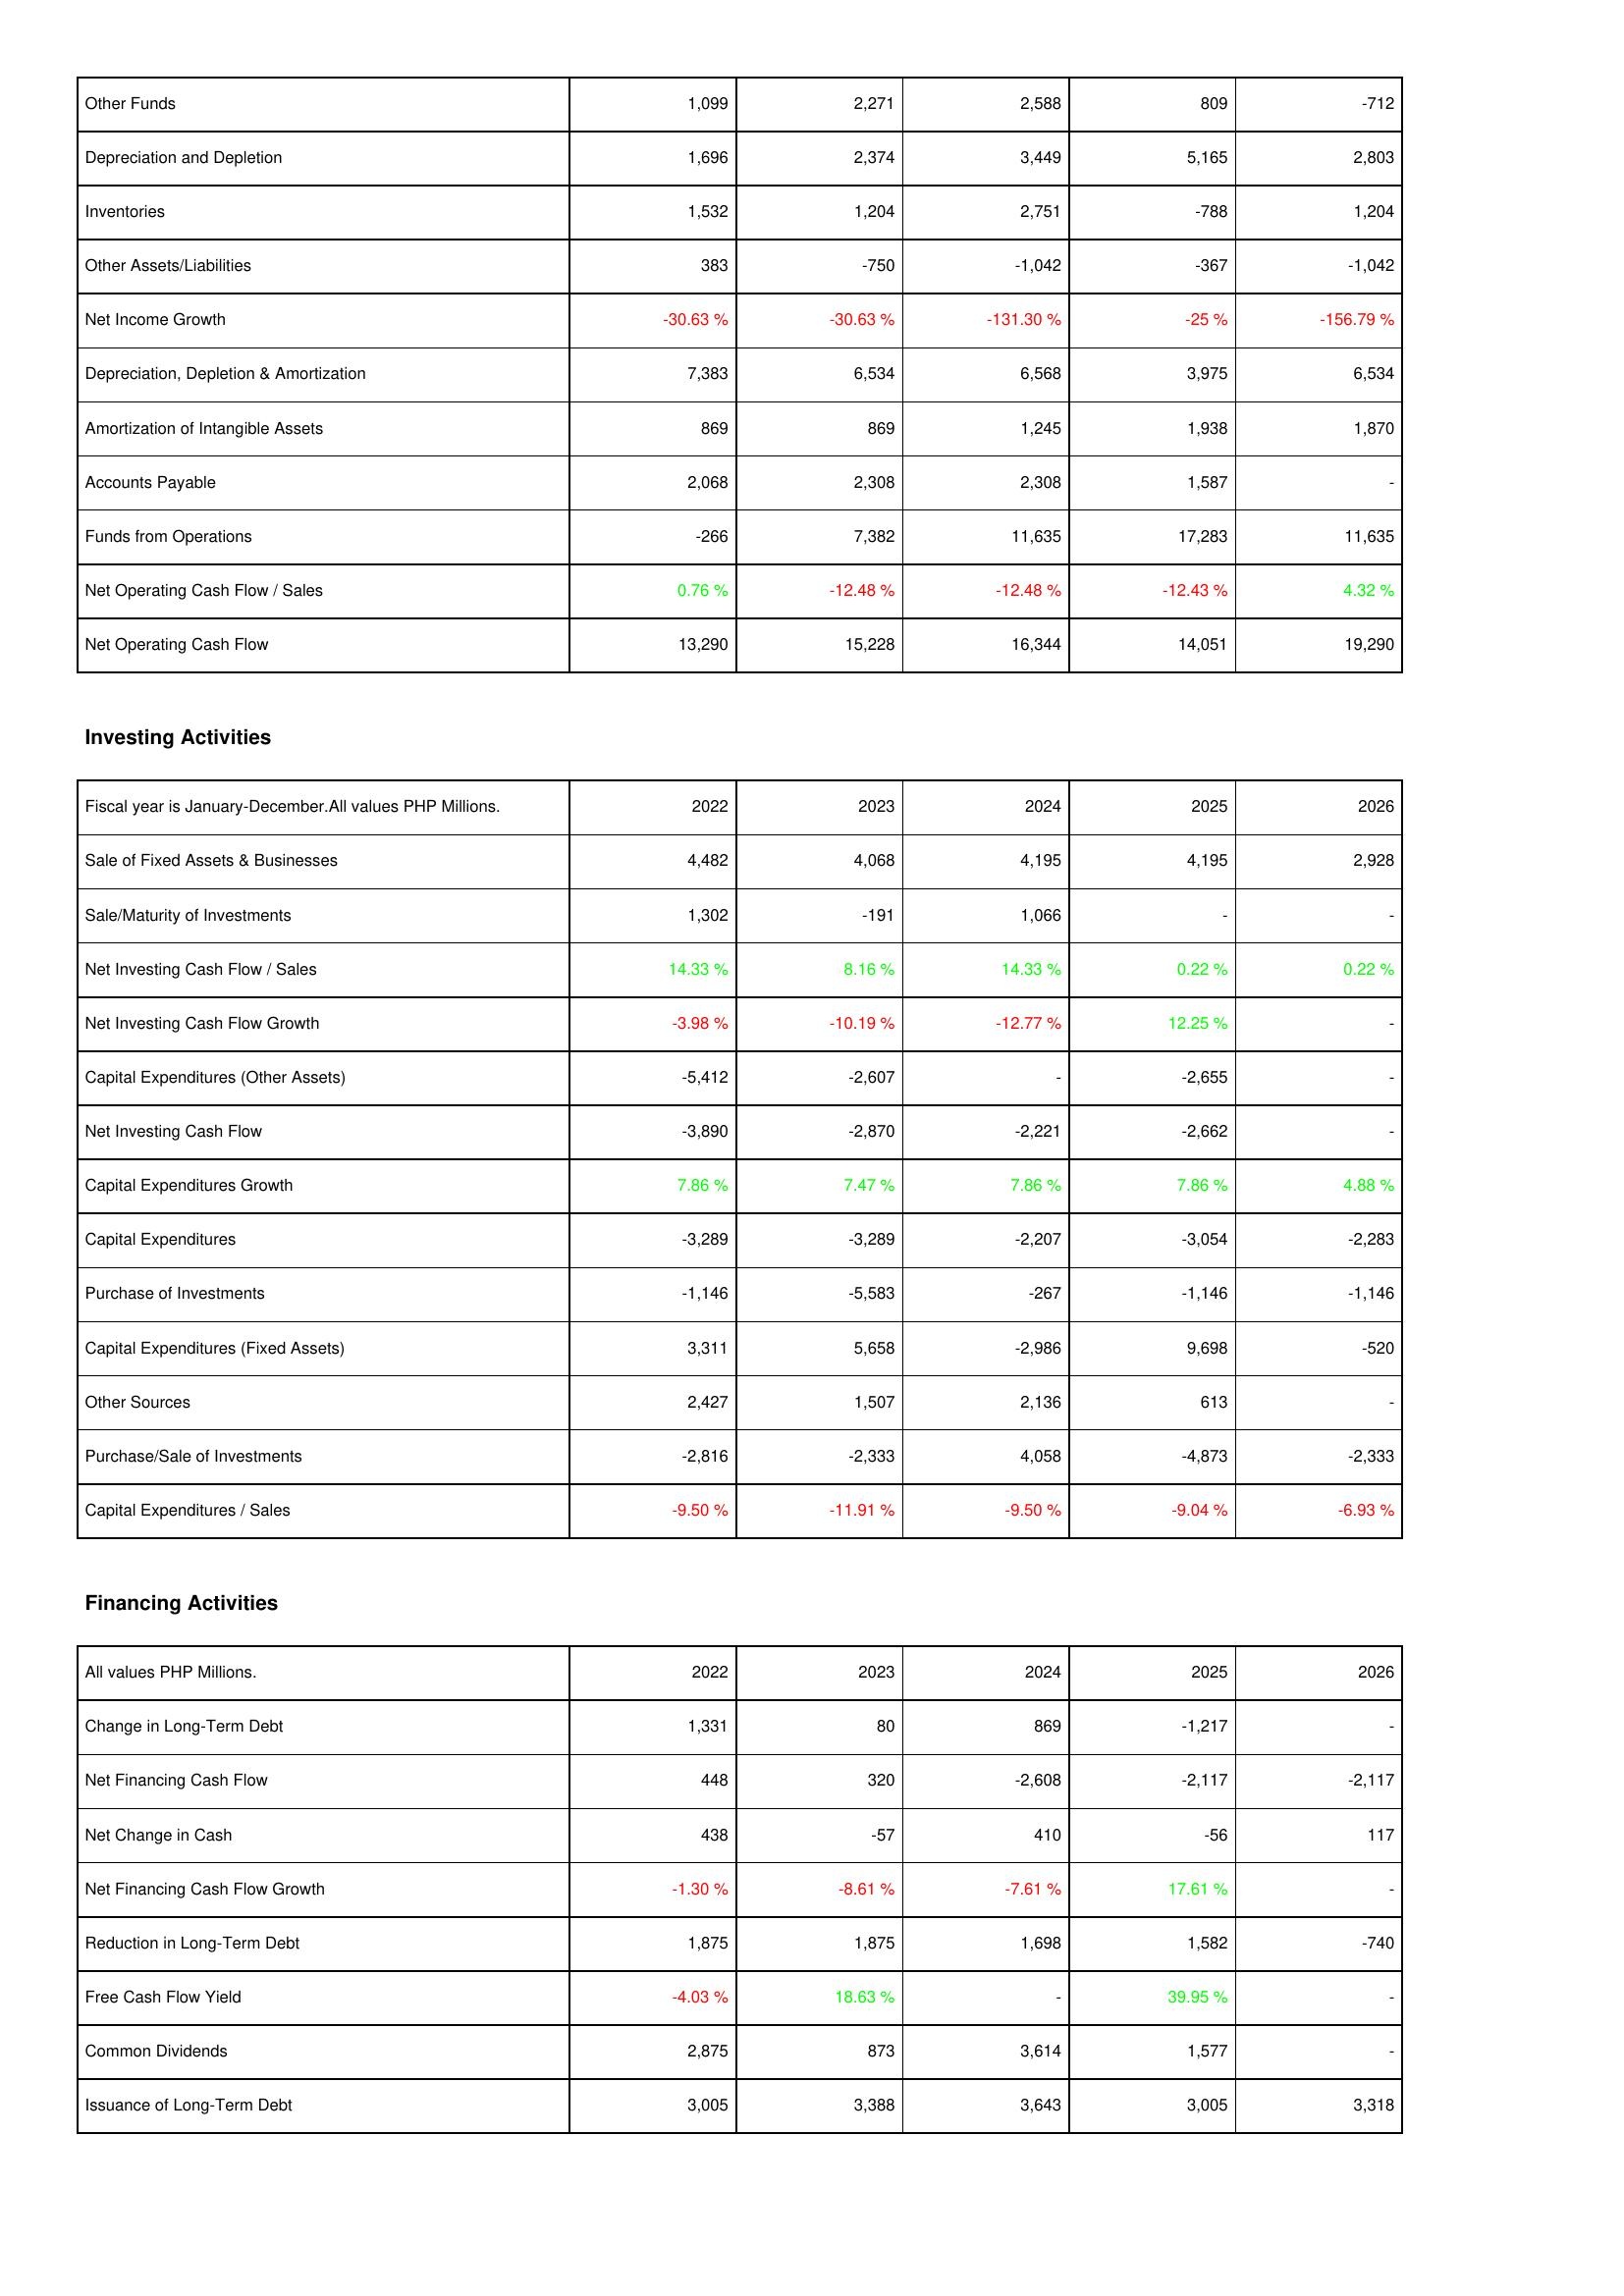
2022: Operating Activities: Other Funds: 1,099
Depreciation and Depletion: 1,696
Inventories: 1,532
Other Assets/Liabilities: 383
Net Income Growth: -30.63 %
Depreciation, Depletion & Amortization: 7,383
Amortization of Intangible Assets: 869
Accounts Payable: 2,068
Funds from Operations: -266
Net Operating Cash Flow / Sales: 0.76 %
Net Operating Cash Flow: 13,290
Investing Activities: Sale of Fixed Assets & Businesses: 4,482
Sale/Maturity of Investments: 1,302
Net Investing Cash Flow / Sales: 14.33 %
Net Investing Cash Flow Growth: -3.98 %
Capital Expenditures (Other Assets): -5,412
Net Investing Cash Flow: -3,890
Capital Expenditures Growth: 7.86 %
Capital Expenditures: -3,289
Purchase of Investments: -1,146
Capital Expenditures (Fixed Assets): 3,311
Other Sources: 2,427
Purchase/Sale of Investments: -2,816
Capital Expenditures / Sales: -9.50 %
Financing Activities: Change in Long-Term Debt: 1,331
Net Financing Cash Flow: 448
Net Change in Cash: 438
Net Financing Cash Flow Growth: -1.30 %
Reduction in Long-Term Debt: 1,875
Free Cash Flow Yield: -4.03 %
Common Dividends: 2,875
Issuance of Long-Term Debt: 3,005
2023: Operating Activities: Other Funds: 2,271
Depreciation and Depletion: 2,374
Inventories: 1,204
Other Assets/Liabilities: -750
Net Income Growth: -30.63 %
Depreciation, Depletion & Amortization: 6,534
Amortization of Intangible Assets: 869
Accounts Payable: 2,308
Funds from Operations: 7,382
Net Operating Cash Flow / Sales: -12.48 %
Net Operating Cash Flow: 15,228
Investing Activities: Sale of Fixed Assets & Businesses: 4,068
Sale/Maturity of Investments: -191
Net Investing Cash Flow / Sales: 8.16 %
Net Investing Cash Flow Growth: -10.19 %
Capital Expenditures (Other Assets): -2,607
Net Investing Cash Flow: -2,870
Capital Expenditures Growth: 7.47 %
Capital Expenditures: -3,289
Purchase of Investments: -5,583
Capital Expenditures (Fixed Assets): 5,658
Other Sources: 1,507
Purchase/Sale of Investments: -2,333
Capital Expenditures / Sales: -11.91 %
Financing Activities: Change in Long-Term Debt: 80
Net Financing Cash Flow: 320
Net Change in Cash: -57
Net Financing Cash Flow Growth: -8.61 %
Reduction in Long-Term Debt: 1,875
Free Cash Flow Yield: 18.63 %
Common Dividends: 873
Issuance of Long-Term Debt: 3,388
2024: Operating Activities: Other Funds: 2,588
Depreciation and Depletion: 3,449
Inventories: 2,751
Other Assets/Liabilities: -1,042
Net Income Growth: -131.30 %
Depreciation, Depletion & Amortization: 6,568
Amortization of Intangible Assets: 1,245
Accounts Payable: 2,308
Funds from Operations: 11,635
Net Operating Cash Flow / Sales: -12.48 %
Net Operating Cash Flow: 16,344
Investing Activities: Sale of Fixed Assets & Businesses: 4,195
Sale/Maturity of Investments: 1,066
Net Investing Cash Flow / Sales: 14.33 %
Net Investing Cash Flow Growth: -12.77 %
Capital Expenditures (Other Assets): -
Net Investing Cash Flow: -2,221
Capital Expenditures Growth: 7.86 %
Capital Expenditures: -2,207
Purchase of Investments: -267
Capital Expenditures (Fixed Assets): -2,986
Other Sources: 2,136
Purchase/Sale of Investments: 4,058
Capital Expenditures / Sales: -9.50 %
Financing Activities: Change in Long-Term Debt: 869
Net Financing Cash Flow: -2,608
Net Change in Cash: 410
Net Financing Cash Flow Growth: -7.61 %
Reduction in Long-Term Debt: 1,698
Free Cash Flow Yield: -
Common Dividends: 3,614
Issuance of Long-Term Debt: 3,643
2025: Operating Activities: Other Funds: 809
Depreciation and Depletion: 5,165
Inventories: -788
Other Assets/Liabilities: -367
Net Income Growth: -25 %
Depreciation, Depletion & Amortization: 3,975
Amortization of Intangible Assets: 1,938
Accounts Payable: 1,587
Funds from Operations: 17,283
Net Operating Cash Flow / Sales: -12.43 %
Net Operating Cash Flow: 14,051
Investing Activities: Sale of Fixed Assets & Businesses: 4,195
Sale/Maturity of Investments: -
Net Investing Cash Flow / Sales: 0.22 %
Net Investing Cash Flow Growth: 12.25 %
Capital Expenditures (Other Assets): -2,655
Net Investing Cash Flow: -2,662
Capital Expenditures Growth: 7.86 %
Capital Expenditures: -3,054
Purchase of Investments: -1,146
Capital Expenditures (Fixed Assets): 9,698
Other Sources: 613
Purchase/Sale of Investments: -4,873
Capital Expenditures / Sales: -9.04 %
Financing Activities: Change in Long-Term Debt: -1,217
Net Financing Cash Flow: -2,117
Net Change in Cash: -56
Net Financing Cash Flow Growth: 17.61 %
Reduction in Long-Term Debt: 1,582
Free Cash Flow Yield: 39.95 %
Common Dividends: 1,577
Issuance of Long-Term Debt: 3,005
2026: Operating Activities: Other Funds: -712
Depreciation and Depletion: 2,803
Inventories: 1,204
Other Assets/Liabilities: -1,042
Net Income Growth: -156.79 %
Depreciation, Depletion & Amortization: 6,534
Amortization of Intangible Assets: 1,870
Accounts Payable: -
Funds from Operations: 11,635
Net Operating Cash Flow / Sales: 4.32 %
Net Operating Cash Flow: 19,290
Investing Activities: Sale of Fixed Assets & Businesses: 2,928
Sale/Maturity of Investments: -
Net Investing Cash Flow / Sales: 0.22 %
Net Investing Cash Flow Growth: -
Capital Expenditures (Other Assets): -
Net Investing Cash Flow: -
Capital Expenditures Growth: 4.88 %
Capital Expenditures: -2,283
Purchase of Investments: -1,146
Capital Expenditures (Fixed Assets): -520
Other Sources: -
Purchase/Sale of Investments: -2,333
Capital Expenditures / Sales: -6.93 %
Financing Activities: Change in Long-Term Debt: -
Net Financing Cash Flow: -2,117
Net Change in Cash: 117
Net Financing Cash Flow Growth: -
Reduction in Long-Term Debt: -740
Free Cash Flow Yield: -
Common Dividends: -
Issuance of Long-Term Debt: 3,318